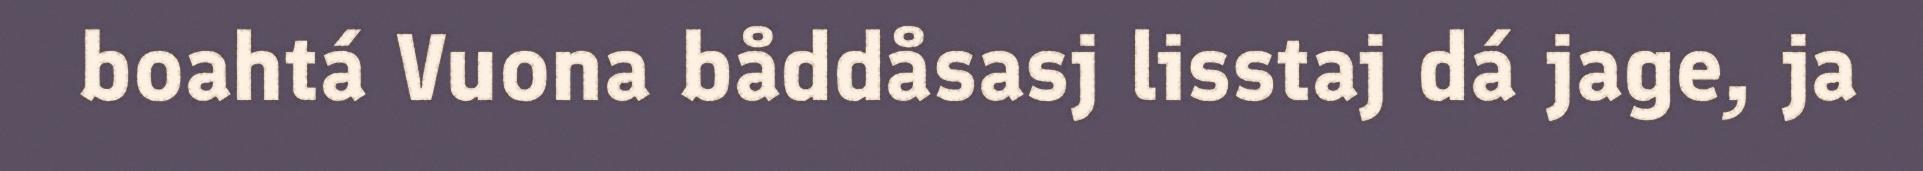
boahtá Vuona båddåsasj lisstaj dá jage, ja